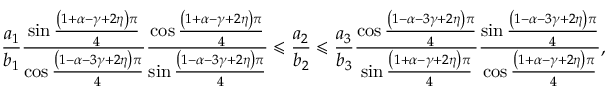
\frac { a _ { 1 } } { b _ { 1 } } \frac { \sin \frac { \left( 1 + \alpha - \gamma + 2 \eta \right) \pi } { 4 } } { \cos \frac { \left( 1 - \alpha - 3 \gamma + 2 \eta \right) \pi } { 4 } } \frac { \cos \frac { \left( 1 + \alpha - \gamma + 2 \eta \right) \pi } { 4 } } { \sin \frac { \left( 1 - \alpha - 3 \gamma + 2 \eta \right) \pi } { 4 } } \leqslant \frac { a _ { 2 } } { b _ { 2 } } \leqslant \frac { a _ { 3 } } { b _ { 3 } } \frac { \cos \frac { \left( 1 - \alpha - 3 \gamma + 2 \eta \right) \pi } { 4 } } { \sin \frac { \left( 1 + \alpha - \gamma + 2 \eta \right) \pi } { 4 } } \frac { \sin \frac { \left( 1 - \alpha - 3 \gamma + 2 \eta \right) \pi } { 4 } } { \cos \frac { \left( 1 + \alpha - \gamma + 2 \eta \right) \pi } { 4 } } ,